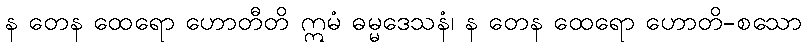
န တေန ထေရော ဟောတီတိ ဣမံ ဓမ္မဒေသနံ၊ န တေန ထေရော ဟောတိ-စသော